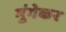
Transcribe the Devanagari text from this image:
मुंगेकर